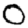
Digit: 0